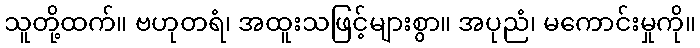
သူတို့ထက်။ ဗဟုတရံ၊ အထူးသဖြင့်များစွာ။ အပုညံ၊ မကောင်းမှုကို။